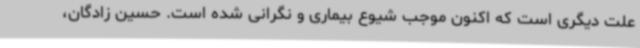
علت دیگری است که اکنون موجب شیوع بیماری و نگرانی شده است. حسین زادگان،